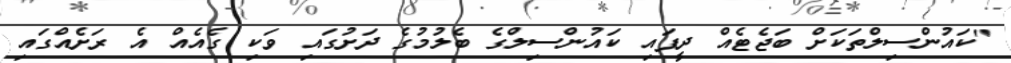
"ކައުންސިލްތަކަށް ބަޖެޓެއް ދީފައި ކައުންސިލްގެ ބެލުމުގެ ދަށުގައި ވަކި ގެއެއް އެ ރަށެއްގައި